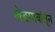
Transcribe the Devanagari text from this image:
खेडगावांतून